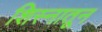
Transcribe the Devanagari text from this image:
शिस्नातून